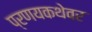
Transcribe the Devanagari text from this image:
प्रणयकथेवर